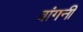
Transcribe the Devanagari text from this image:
वांगनी